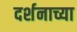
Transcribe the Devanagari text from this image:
दर्शनाच्या